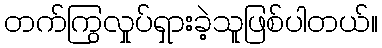
တက်ကြွလှုပ်ရှားခဲ့သူဖြစ်ပါတယ်။